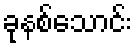
ခုနစ်သောင်း